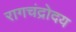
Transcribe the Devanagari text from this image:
रागचंद्रोदय